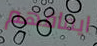
ايقافهم